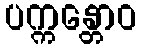
ပက္ကန္တောဝ